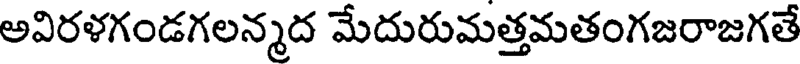
అవిరళగండగలన్మద మేదురుమత్తమతంగజరాజగతే